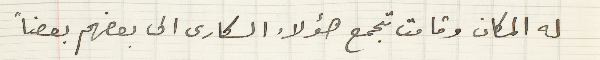
له المكان وقامت تجمع هؤلاء السكارى الى بعضهم بعضاً